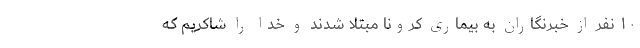
١٠ نفر از خبرنگاران به بیماری کرونا مبتلا شدند و خدا را شاکریم که